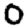
Digit: 0